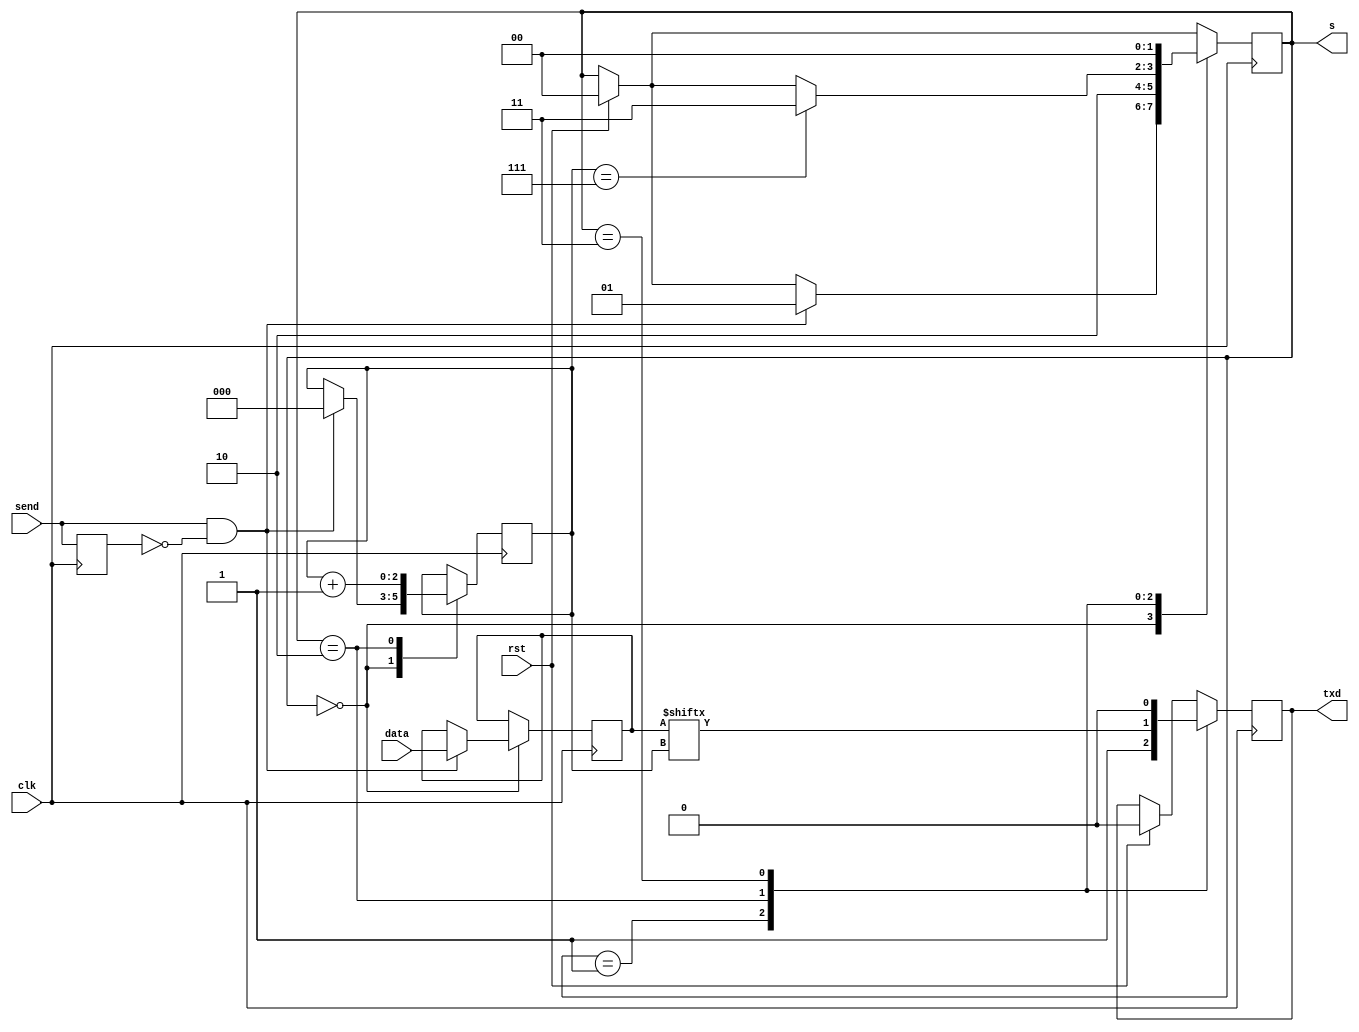
`timescale 1ns / 1ps
//////////////////////////////////////////////////////////////////////////////////
// Company: 
// Engineer: 
// 
// Design Name: 
// Module Name:    fsm 
// Project Name: 
// Target Devices: 
// Tool versions: 
// Description: 
//
// Dependencies: 
//
// Revision: 
// Revision 0.01 - File Created
// Additional Comments: 
//
//////////////////////////////////////////////////////////////////////////////////
module fsm(
	input clk,
	input rst,
	input send,
	input [7:0] data,
	
	output txd,
	output [1:0] s
);

localparam STATE1 = 2'b00;
localparam STATE2 = 2'b01;
localparam STATE3 = 2'b10;
localparam STATE4 = 2'b11;

reg [1:0] state = STATE1;
reg [7:0] tmp_data;
reg last_send_val = 1'b0;
reg [2:0] current_bit;
reg d = 1'b0;

always @(posedge clk)
begin
	if(rst)
	begin
		d <= 0;
		state <= STATE1;
	end
	case(state)
	STATE1:
	begin
		if(send == 1 & last_send_val == 0)
		begin
			tmp_data <= data;
			current_bit <= 3'b000;
			state <= STATE2;
		end
	end
	STATE2:
	begin
		d <= 1'b1;
		state <= STATE3;
	end
	STATE3:
	begin
		
		d <= tmp_data[current_bit];
		current_bit <= current_bit + 1;
		
		if(current_bit  == 3'b111) state <= STATE4; // wszystkie bity wysano 
	end
	STATE4:
	begin
		d <= 1'b0;
		state <= STATE1;
	end
	endcase
	
	last_send_val <= send;
end

assign txd = d;
assign s = state;
endmodule